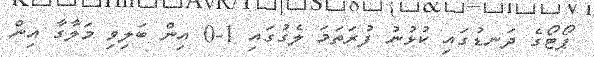
ޕޯޓޯގެ ދަނޑުގައި ކުޅުނު ފުރަތަމަ ލެގުގައި 1-0 އިން ބަލިވި މަލާގާ އިން